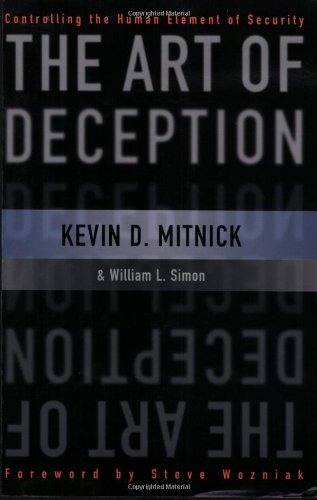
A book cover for The Art of Deception: Controlling the Human Element of Security; Kevin D. Mitnick; Computers & Technology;